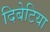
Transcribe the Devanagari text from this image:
दिबेटिया